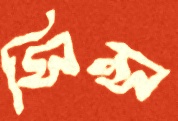
সিন্স